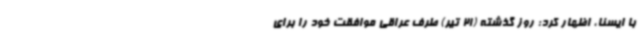
با ایسنا، اظهار کرد: روز گذشته (21 تیر) طرف عراقی موافقت خود را برای